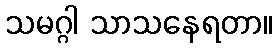
သမဂ္ဂါ သာသနေရတာ။